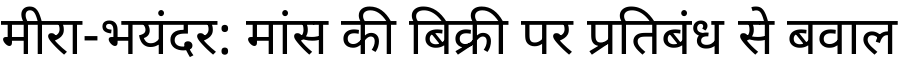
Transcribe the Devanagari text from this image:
मीरा-भयंदर: मांस की बिक्री पर प्रतिबंध से बवाल